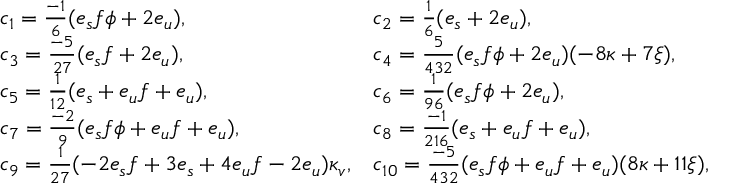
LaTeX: \begin{array} { l l } { { c _ { 1 } = { \frac { - 1 } { 6 } } ( e _ { s } f \phi + 2 e _ { u } ) , } } & { { c _ { 2 } = { \frac { 1 } { 6 } } ( e _ { s } + 2 e _ { u } ) , } } \\ { { c _ { 3 } = { \frac { - 5 } { 2 7 } } ( e _ { s } f + 2 e _ { u } ) , } } & { { c _ { 4 } = { \frac { 5 } { 4 3 2 } } ( e _ { s } f \phi + 2 e _ { u } ) ( - 8 \kappa + 7 \xi ) , } } \\ { { c _ { 5 } = { \frac { 1 } { 1 2 } } ( e _ { s } + e _ { u } f + e _ { u } ) , } } & { { c _ { 6 } = { \frac { 1 } { 9 6 } } ( e _ { s } f \phi + 2 e _ { u } ) , } } \\ { { c _ { 7 } = { \frac { - 2 } { 9 } } ( e _ { s } f \phi + e _ { u } f + e _ { u } ) , } } & { { c _ { 8 } = { \frac { - 1 } { 2 1 6 } } ( e _ { s } + e _ { u } f + e _ { u } ) , } } \\ { { c _ { 9 } = { \frac { 1 } { 2 7 } } ( - 2 e _ { s } f + 3 e _ { s } + 4 e _ { u } f - 2 e _ { u } ) \kappa _ { v } , } } & { { c _ { 1 0 } = { \frac { - 5 } { 4 3 2 } } ( e _ { s } f \phi + e _ { u } f + e _ { u } ) ( 8 \kappa + 1 1 \xi ) , } } \end{array}